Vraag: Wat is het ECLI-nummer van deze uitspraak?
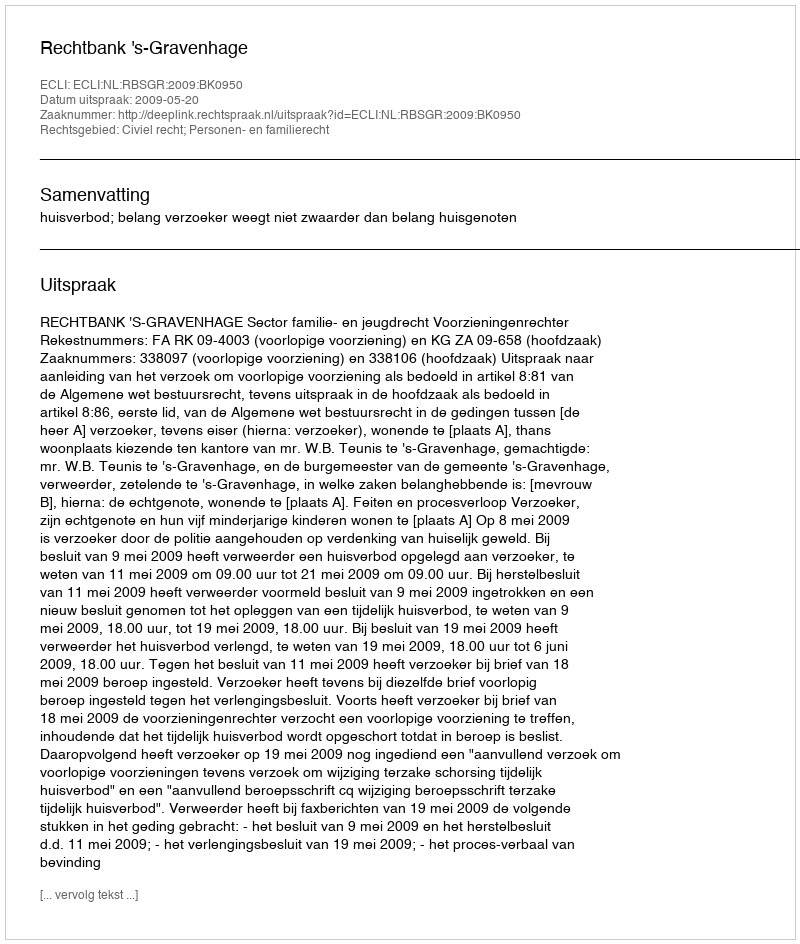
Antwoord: ECLI:NL:RBSGR:2009:BK0950